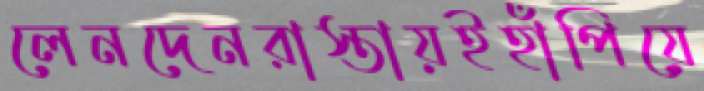
লেনদেনরাস্তায়ইহাঁপিয়ে